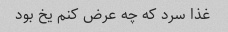
غذا سرد که چه عرض کنم یخ بود